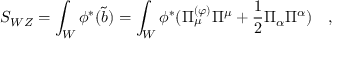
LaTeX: S _ { W Z } = \int _ { W } \phi ^ { * } ( \tilde { b } ) = \int _ { W } \phi ^ { * } ( \Pi _ { \mu } ^ { ( \varphi ) } \Pi ^ { \mu } + { \frac { 1 } { 2 } } \Pi _ { \alpha } \Pi ^ { \alpha } ) \quad ,